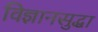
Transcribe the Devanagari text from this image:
विज्ञानसुद्धा